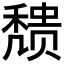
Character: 𬓼